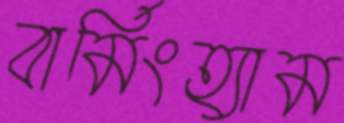
বার্মিংহ্যাম